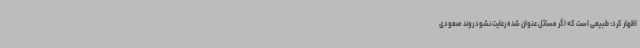
اظهار کرد: طبیعی است که اگر مسائل عنوان شده رعایت نشود روند صعودی